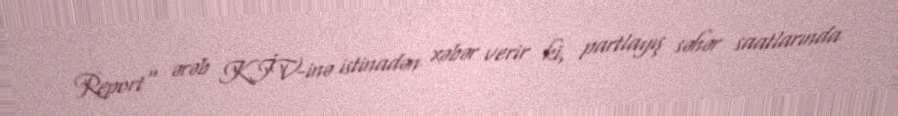
Report" ərəb KİV-inə istinadən xəbər verir ki, partlayış səhər saatlarında